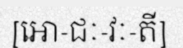
[អោ-ជៈ-វៈ-តី]